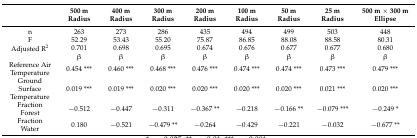
<table><thead><tr><td></td><td><b>500 m Radius</b></td><td><b>400 m Radius</b></td><td><b>300 m Radius</b></td><td><b>200 m Radius</b></td><td><b>100 m Radius</b></td><td><b>50 m Radius</b></td><td><b>25 m Radius</b></td><td><b>500 m × 300 m Ellipse</b></td></tr></thead><tbody><tr><td>n</td><td>263</td><td>273</td><td>286</td><td>435</td><td>494</td><td>499</td><td>503</td><td>448</td></tr><tr><td>F</td><td>52.29</td><td>53.43</td><td>55.20</td><td>75.87</td><td>86.85</td><td>88.08</td><td>88.58</td><td>80.31</td></tr><tr><td>Adjusted R<sup>2</sup></td><td>0.701</td><td>0.698</td><td>0.695</td><td>0.674</td><td>0.676</td><td>0.677</td><td>0.677</td><td>0.680</td></tr><tr><td></td><td>β</td><td>β</td><td>β</td><td>β</td><td>β</td><td>β</td><td>β</td><td>β</td></tr><tr><td>Reference Air Temperature</td><td>0.454 ***</td><td>0.460 ***</td><td>0.468 ***</td><td>0.476 ***</td><td>0.474 ***</td><td>0.474 ***</td><td>0.473 ***</td><td>0.479 ***</td></tr><tr><td>Ground Surface Temperature</td><td>0.019 ***</td><td>0.019 ***</td><td>0.020 ***</td><td>0.020 ***</td><td>0.020 ***</td><td>0.020 ***</td><td>0.021 ***</td><td>0.020 ***</td></tr><tr><td>Fraction Forest</td><td>−0.512</td><td>−0.447</td><td>−0.311</td><td>−0.367 **</td><td>−0.218</td><td>−0.166 **</td><td>−0.079 ***</td><td>−0.249 *</td></tr><tr><td>Fraction Water</td><td>0.180</td><td>−0.521</td><td>−0.479 **</td><td>−0.264</td><td>−0.429</td><td>−0.221</td><td>−0.032</td><td>−0.677 **</td></tr></tbody></table>